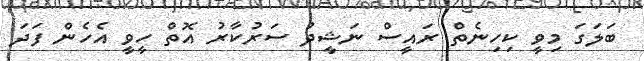
ބަލަގަ މިވީ ކިހިނެތް ރައީސް ނަޝީދު ސަރުކާރު އޮތް ހީވީ އެހެން ފަދަ